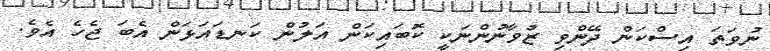
ނުވަތަ އިސްކަން ދޭންވި ޒުވާނުންނަކީ ކޮބައިކަން އަލުން ކަނޑައަޅަން އެބަ ޖެހެ އެވެ.